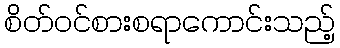
စိတ်ဝင်စားစရာကောင်းသည့်